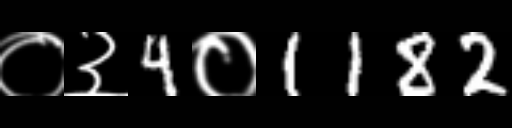
Text: ०३4०1182